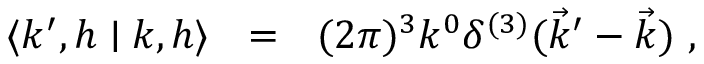
\langle k ^ { \prime } , h \mid k , h \rangle ~ ~ = ~ ~ ( 2 \pi ) ^ { 3 } { k ^ { 0 } } \delta ^ { ( 3 ) } ( \vec { k } ^ { \prime } - \vec { k } ) \ ,